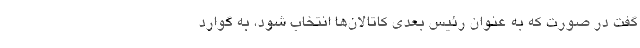
گفت در صورت که به عنوان رئیس بعدی کاتالان‌ها انتخاب شود، به گوارد